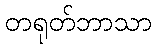
တရုတ်ဘာသာ